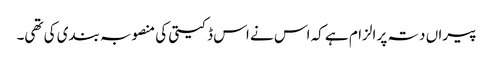
پیراں دتہ پر الزام ہے کہ اس نے اس ڈکیتی کی منصوبہ بندی کی تھی۔